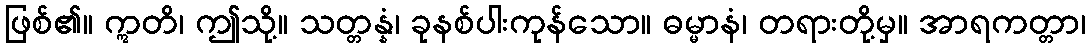
ဖြစ်၏။ ဣတိ၊ ဤသို့။ သတ္တန္နံ၊ ခုနစ်ပါးကုန်သော။ ဓမ္မာနံ၊ တရားတို့မှ။ အာရကတ္တာ၊